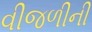
વીજળીની